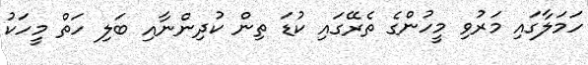
ހަމަލާގައި މަރުވި މީހުންގެ ތެރޭގައި ކުޑަ ތިން ކުދިންނާއި ބަލި ހަތް މީހަކު